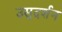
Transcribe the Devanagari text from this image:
उसुदर्शन